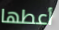
أعطها